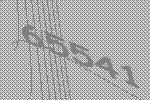
65541